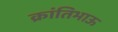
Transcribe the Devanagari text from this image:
क्रांतिभाऊ